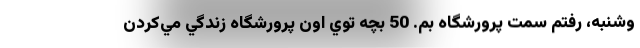
وشنبه، رفتم سمت پرورشگاه بم. 50 بچه توي اون پرورشگاه زندگي مي‌كردن